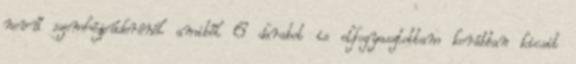
nevű szemhéjpúderénél amiből 6 darabot is elfogyasztottam korábban kicsit